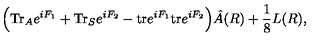
\Big ( \mathrm { T r } _ { A } e ^ { i F _ { 1 } } + \mathrm { T r } _ { S } e ^ { i F _ { 2 } } - \mathrm { t r } e ^ { i F _ { 1 } } \mathrm { t r } e ^ { i F _ { 2 } } \Big ) \hat { A } ( R ) + { \frac { 1 } { 8 } } L ( R ) ,